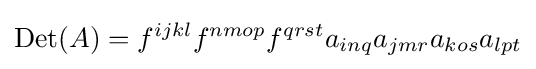
\mathrm {Det} (A)=f^{ijkl}f^{nmop}f^{qrst}a_{inq}a_{jmr}a_{kos}a_{lpt}